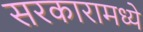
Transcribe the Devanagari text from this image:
सरकारामध्ये